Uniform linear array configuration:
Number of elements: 12
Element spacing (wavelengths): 0.5
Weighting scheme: blackman
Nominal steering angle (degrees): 30
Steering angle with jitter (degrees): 28.885
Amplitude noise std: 0.05
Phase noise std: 0.05

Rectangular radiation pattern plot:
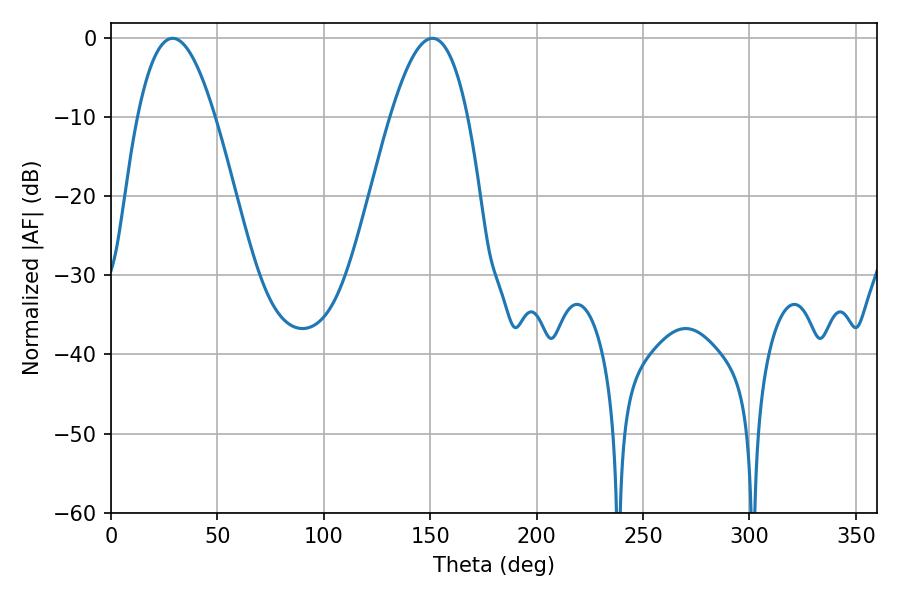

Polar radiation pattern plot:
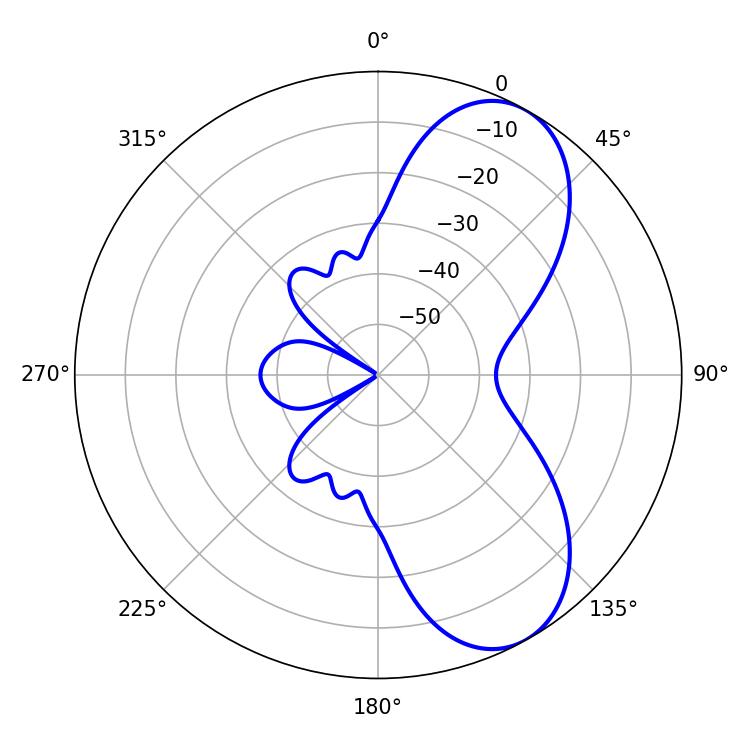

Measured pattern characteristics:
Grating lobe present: FALSE
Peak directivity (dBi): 7.322
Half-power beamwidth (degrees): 19.8
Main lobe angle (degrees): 28.98